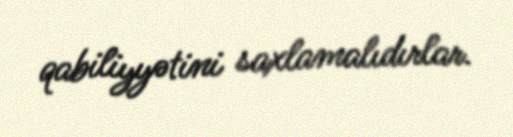
qabiliyyətini saxlamalıdırlar.